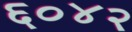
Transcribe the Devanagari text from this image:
६०४२